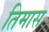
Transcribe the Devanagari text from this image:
तिमास